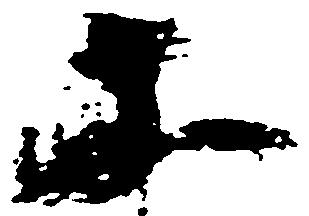
等